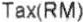
TAX(RM)